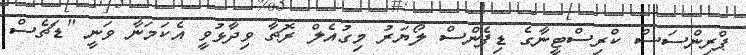
ޕްރިންސަސް ކްރިސްޓީނާގެ ޑިފެންސް ލޯޔަރު މިގުއެލް ރޮޗާ ވިދާޅުވީ އެކަމަނާ ވަނީ "ޑަޗެސް